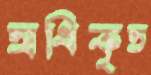
অধিকৃত